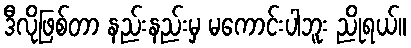
ဒီလိုဖြစ်တာ နည်းနည်းမှ မကောင်းပါဘူး ညိုရယ်။